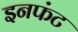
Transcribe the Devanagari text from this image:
इनफंट